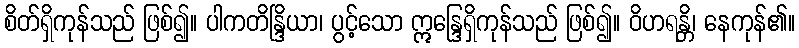
စိတ်ရှိကုန်သည် ဖြစ်၍။ ပါကတိန္ဒြိယာ၊ ပွင့်သော ဣန္ဒြေရှိကုန်သည် ဖြစ်၍။ ဝိဟရန္တိ၊ နေကုန်၏။